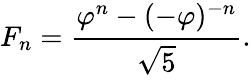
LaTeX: F_{n}={\cfrac{\varphi^{n}-(-\varphi)^{-n}}{\sqrt{5}}}.